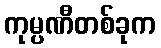
ကုမ္ပဏီတစ်ခုက